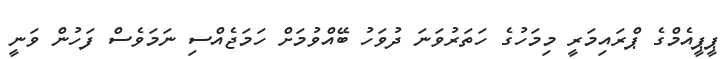
ޕީޕީއެމްގެ ޕްރައިމަރީ މިމަހުގެ ހަތަރުވަނަ ދުވަހު ބޭއްވުމަށް ހަމަޖެއްސި ނަމަވެސް ފަހުން ވަނީ